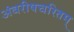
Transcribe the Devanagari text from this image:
अंबरीषचरितम्